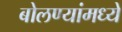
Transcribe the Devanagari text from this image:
बोलण्यांमध्ये